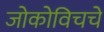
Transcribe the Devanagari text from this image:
जोकोविचचे